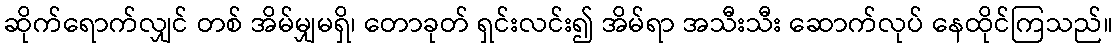
ဆိုက်ရောက်လျှင် တစ် အိမ်မျှမရှိ၊ တောခုတ် ရှင်းလင်း၍ အိမ်ရာ အသီးသီး ဆောက်လုပ် နေထိုင်ကြသည်။